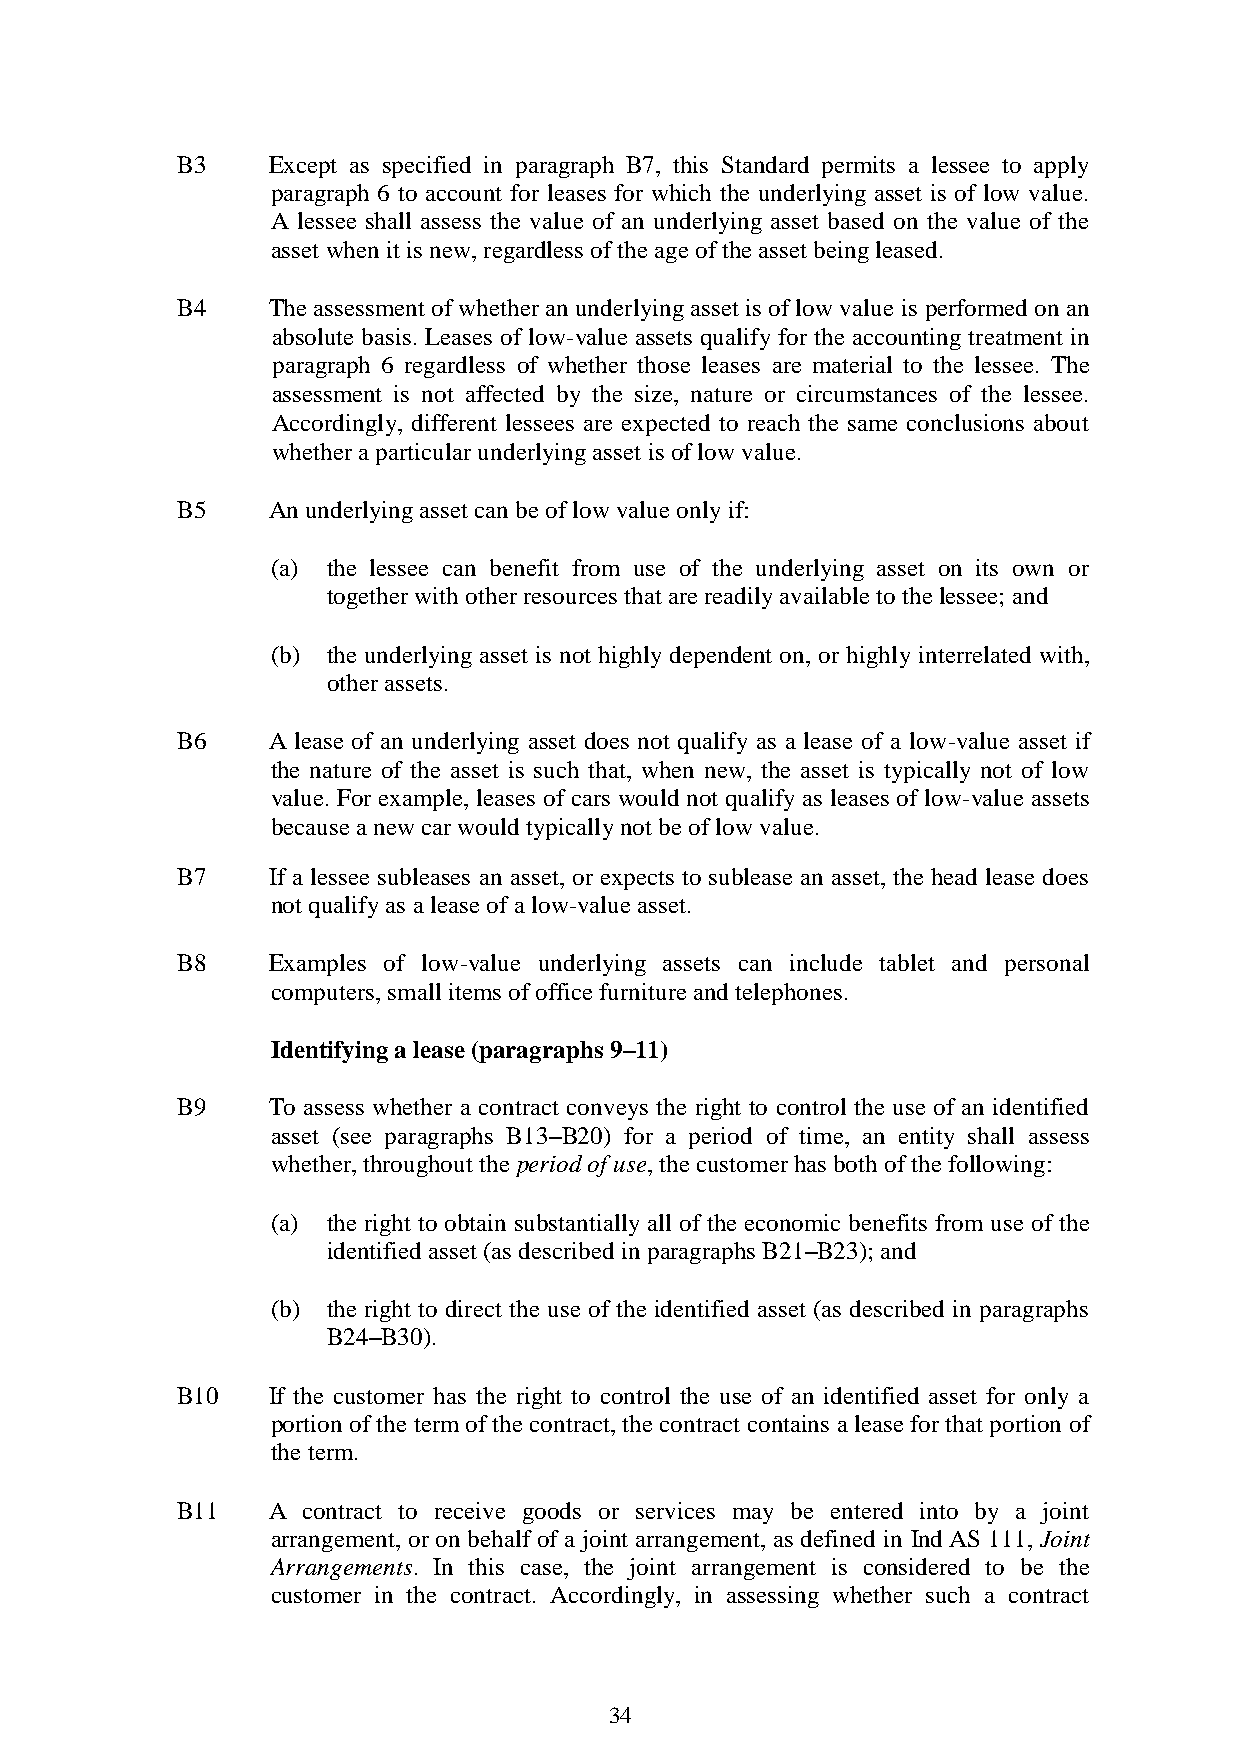
B3    Except as specified in paragraph B7, this Standard permits a lessee to apply
 paragraph 6 to account for leases for which the underlying asset is of low value.
 A lessee shall assess the value of an underlying asset based on the value of the
 asset when it is new, regardless of the age of the asset being leased.
 B4    The assessment of whether an underlying asset is of low value is performed on an
 absolute basis. Leases of low-value assets qualify for the accounting treatment in
 paragraph 6 regardless of whether those leases are material to the lessee. The
 assessment is not affected by the size, nature or circumstances of the lessee.
 Accordingly, different lessees are expected to reach the same conclusions about
 whether a particular underlying asset is of low value.
 B5    An underlying asset can be of low value only if:
 (a) the lessee can benefit from use of the underlying asset on its own or
 together with other resources that are readily available to the lessee; and
 (b) the underlying asset is not highly dependent on, or highly interrelated with,
 other assets.
 B6    A lease of an underlying asset does not qualify as a lease of a low-value asset if
 the nature of the asset is such that, when new, the asset is typically not of low
 value. For example, leases of cars would not qualify as leases of low-value assets
 because a new car would typically not be of low value.
 B7    If a lessee subleases an asset, or expects to sublease an asset, the head lease does
 not qualify as a lease of a low-value asset.
 B8    Examples of low-value underlying assets can include tablet and personal
 computers, small items of office furniture and telephones.
 Identifying a lease (paragraphs 9–11)
 B9    To assess whether a contract conveys the right to control the use of an identified
 asset (see paragraphs B13–B20) for a period of time, an entity shall assess
 whether, throughout the period of use, the customer has both of the following:
 (a) the right to obtain substantially all of the economic benefits from use of the
 identified asset (as described in paragraphs B21–B23); and
 (b) the right to direct the use of the identified asset (as described in paragraphs
 B24–B30).
 B10   If the customer has the right to control the use of an identified asset for only a
 portion of the term of the contract, the contract contains a lease for that portion of
 the term.
 B11   A contract to receive goods or services may be entered into by a joint
 arrangement, or on behalf of a joint arrangement, as defined in Ind AS 111, Joint
 Arrangements. In this case, the joint arrangement is considered to be the
 customer in the contract. Accordingly, in assessing whether such a contract
 34